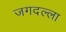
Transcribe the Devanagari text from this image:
जगदल्ला